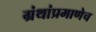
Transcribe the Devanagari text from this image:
ग्रंथांप्रमाणेच